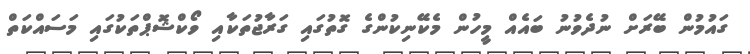
ގައުމުން ބޭރަށް ނުދެވުނު ބައެއް މީހުން މެކޭނިކުންގެ ގޮތުގައި ގަރާޖުތަކާއި ވޯކްޝޮޕްތަކުގައި މަސައްކަތް